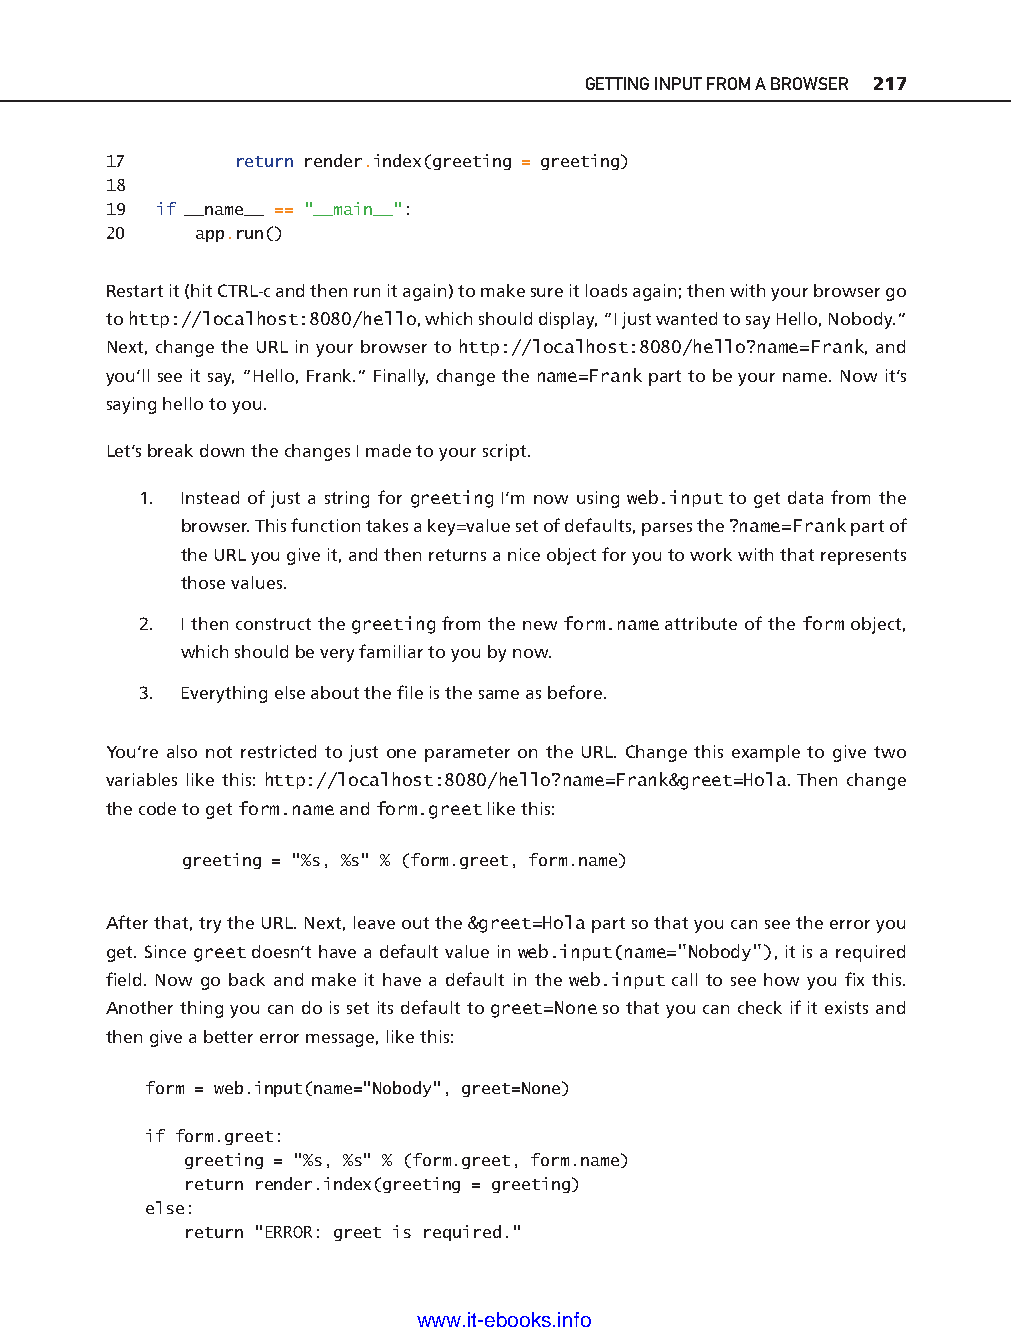
GETTING INPUT FROM A BROWSER 217
 17       return render.index(greeting = greeting)
 18
 19  if __name__ == "__main__":
 20    app.run()
 Restart it (hit CTRL-c and then run it again) to make sure it loads again; then with your browser go
 to http://localhost:8080/hello, which should display, “I just wanted to say Hello, Nobody.”
 Next, change the URL in your browser to http://localhost:8080/hello?name=Frank, and
 you’ll see it say, “Hello, Frank.” Finally, change the name=Frank part to be your name. Now it’s
 saying hello to you.
 Let’s break down the changes I made to your script.
 1. Instead of just a string for greeting I’m now using web.input to get data from the
 browser. This function takes a key=value set of defaults, parses the ?name=Frank part of
 the URL you give it, and then returns a nice object for you to work with that represents
 those values.
 2. I then construct the greeting from the new form.name attribute of the form object,
 which should be very familiar to you by now.
 ptg11539604
 3. Everything else about the fi le is the same as before.
 You’re also not restricted to just one parameter on the URL. Change this example to give two
 variables like this: http://localhost:8080/hello?name=Frank&greet=Hola. Then change
 the code to get form.name and form.greet like this:
 greeting = "%s, %s" % (form.greet, form.name)
 After that, try the URL. Next, leave out the &greet=Hola part so that you can see the error you
 get. Since greet doesn’t have a default value in web.input(name="Nobody"), it is a required
 fi eld. Now go back and make it have a default in the web.input call to see how you fi x this.
 Another thing you can do is set its default to greet=None so that you can check if it exists and
 then give a better error message, like this:
 form = web.input(name="Nobody", greet=None)
 if form.greet:
 greeting = "%s, %s" % (form.greet, form.name)
 return render.index(greeting = greeting)
 else:
 return "ERROR: greet is required."
 www.it-ebooks.info